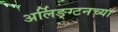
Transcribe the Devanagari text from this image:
अर्लिङ्ग्टनच्या